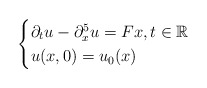
\begin{align*}\begin{cases}\partial_tu - \partial_x^5u = Fx,t\in\mathbb{R} \\u(x,0) = u_0(x)\end{cases}\end{align*}